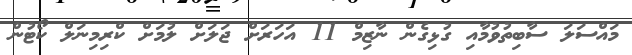
މައްސަލަ ސާބިތުވުމާއި ގުޅިގެން ނާޒިމް 11 އަހަރަށް ޖަލަށް ލުމަށް ކްރިމިނަލް ކޯޓުން